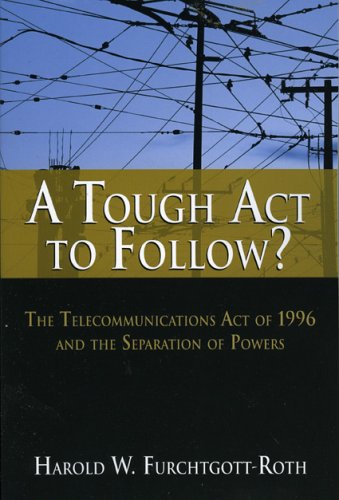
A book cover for A Tough Act to Follow?: The Telecommunications Act of 1996 and the Separation of Powers Failure; Harold Furchtgott-Roth; Law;